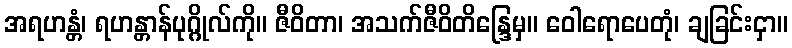
အရဟန္တံ၊ ရဟန္တာန်ပုဂ္ဂိုလ်ကို။ ဇီဝိတာ၊ အသက်ဇီဝိတိန္ဒြေမှ။ ဝေါရောပေတုံ၊ ချခြင်းငှာ။